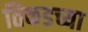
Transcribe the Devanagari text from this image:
तिकडच्या